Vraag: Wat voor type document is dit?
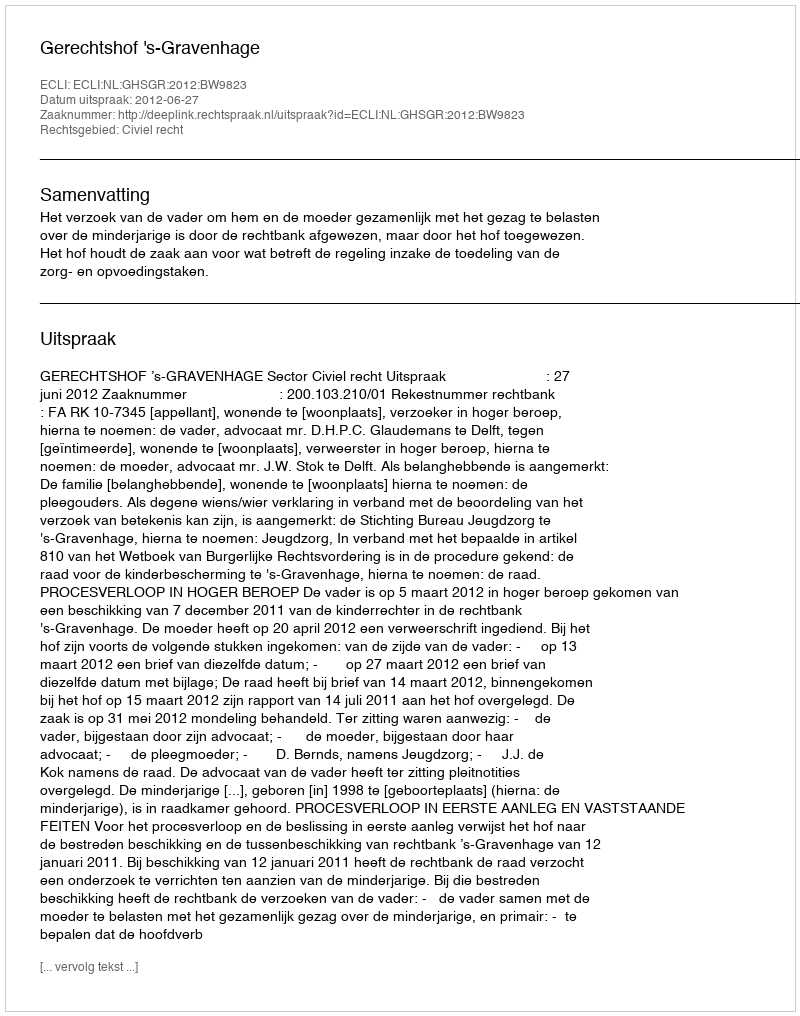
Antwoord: Uitspraak